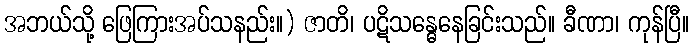
အဘယ်သို့ ဖြေကြားအပ်သနည်း။) ဇာတိ၊ ပဋိသန္ဓေနေခြင်းသည်။ ခီဏာ၊ ကုန်ပြီ။